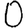
Digit: 0